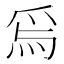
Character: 𱫃